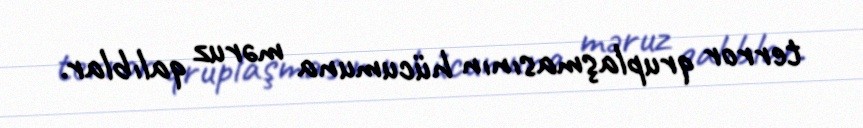
terror qruplaşmasının hücumuna məruz qalıblar.